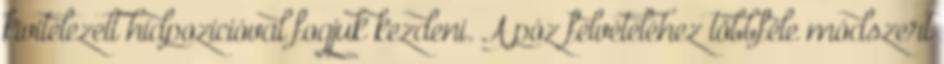
kivitelezett hídpozícióval fogjuk kezdeni. A póz felvételéhez többféle módszert